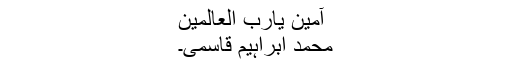
آمین یارب العالمین
محمد ابراہیم قاسمی۔